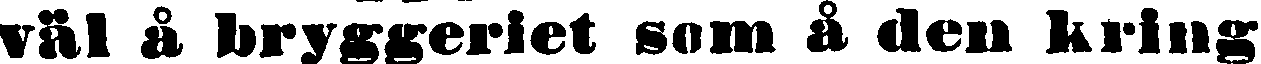
väl å bryggeriet som å den kring